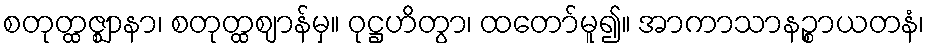
စတုတ္ထဇ္ဈာနာ၊ စတုတ္ထဈာန်မှ။ ဝုဋ္ဌဟိတွာ၊ ထတော်မူ၍။ အာကာသာနဉ္စာယတနံ၊